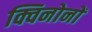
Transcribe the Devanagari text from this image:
क्विनोनों